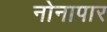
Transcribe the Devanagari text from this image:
नोनापार